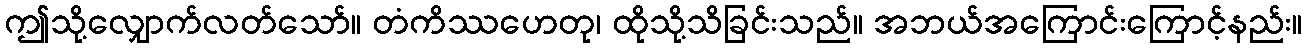
ဤသို့လျှောက်လတ်သော်။ တံကိဿဟေတု၊ ထိုသို့သိခြင်းသည်။ အဘယ်အကြောင်းကြောင့်နည်း။